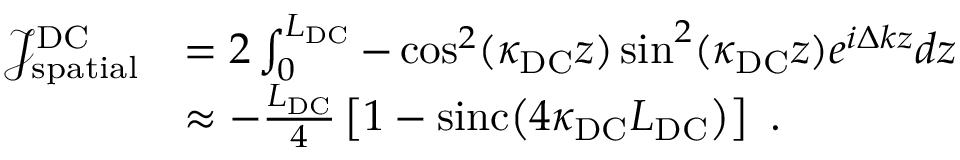
\begin{array} { r l } { \mathcal { J } _ { \mathrm { s p a t i a l } } ^ { \mathrm { D C } } } & { = 2 \int _ { 0 } ^ { L _ { \mathrm { D C } } } - \cos ^ { 2 } ( \kappa _ { \mathrm { D C } } z ) \sin ^ { 2 } ( \kappa _ { \mathrm { D C } } z ) e ^ { i \Delta k z } d z } \\ & { \approx - \frac { L _ { \mathrm { D C } } } { 4 } \left[ 1 - \mathrm { s i n c } \! \left( 4 \kappa _ { \mathrm { D C } } L _ { \mathrm { D C } } \right) \right] \ . } \end{array}